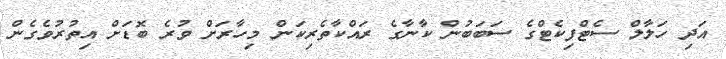
އަދި ހަލާލް ސެޓްފިކެޓްގެ ސަބަބުން ކާނާގެ ރައްކާތެރިކަން މިހާރަށް ވުރެ ބޮޑަށް އިތުރުވެގެން